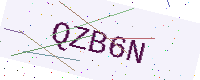
Text: QZB6N